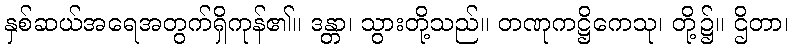
နှစ်ဆယ်အရေအတွက်ရှိကုန်၏။ ဒန္တာ၊ သွားတို့သည်။ တဏုကဋ္ဌိကေသု၊ တို့၌။ ဌိတာ၊